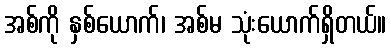
အစ်ကို နှစ်ယောက်၊ အစ်မ သုံးယောက်ရှိတယ်။